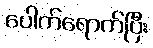
ပေါက်ရောက်ပြီး